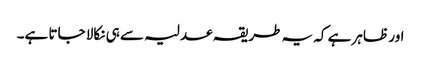
اور ظاہر ہے کہ یہ طریقہ عدلیہ سے ہی نکالا جاتا ہے۔